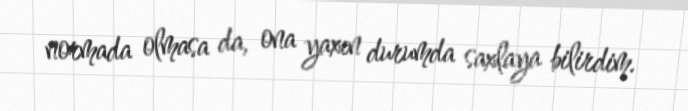
normada olmasa da, ona yaxın durumda saxlaya bilirdim.